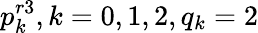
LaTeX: p_{k}^{r3},k=0,1,2,{{q}_{k}}=2